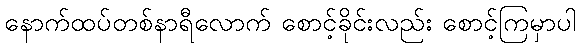
နောက်ထပ်တစ်နာရီလောက် စောင့်ခိုင်းလည်း စောင့်ကြမှာပါ